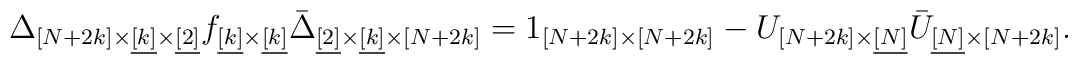
\Delta_{[N+2k]\times\underline{[k]}\times\underline{[2]}} f_{\underline{[k]}\times\underline{[k]}}\bar{\Delta}_{\underline{[2]} \times\underline{[k]} \times[N+2k]} = 1_{[N+2k]\times[N+2k]} - U_{[N+2k]\times\underline{[N]}}\bar{U}_{\underline{[N]}\times[N+2k]}.